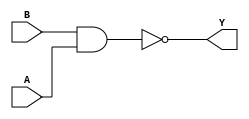
module sky130_fd_sc_hvl__nand2 (
    Y,
    A,
    B
);

    // Module ports
    output Y;
    input  A;
    input  B;

    // Local signals
    wire nand0_out_Y;

    //   Name   Output       Other arguments
    nand nand0 (nand0_out_Y, B, A           );
    buf  buf0  (Y          , nand0_out_Y    );

endmodule